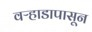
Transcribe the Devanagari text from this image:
वऱ्हाडापासून